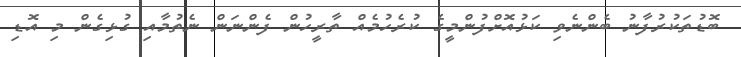
ބޮޑުތަކުރުފާނު ބެންނެވި ކަޅުއޮށްފުންމީގެ ކުރެހުމެއް ތާރީހުން ފެންނަން ނެތުމާއި ގުޅިގެން މި އޮޑި